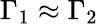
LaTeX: \Gamma_{1}\approx\Gamma_{2}